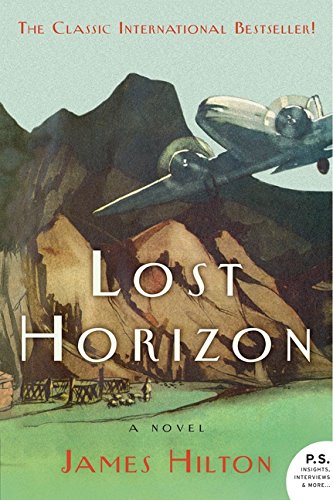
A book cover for Lost Horizon: A Novel; James Hilton; Literature & Fiction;